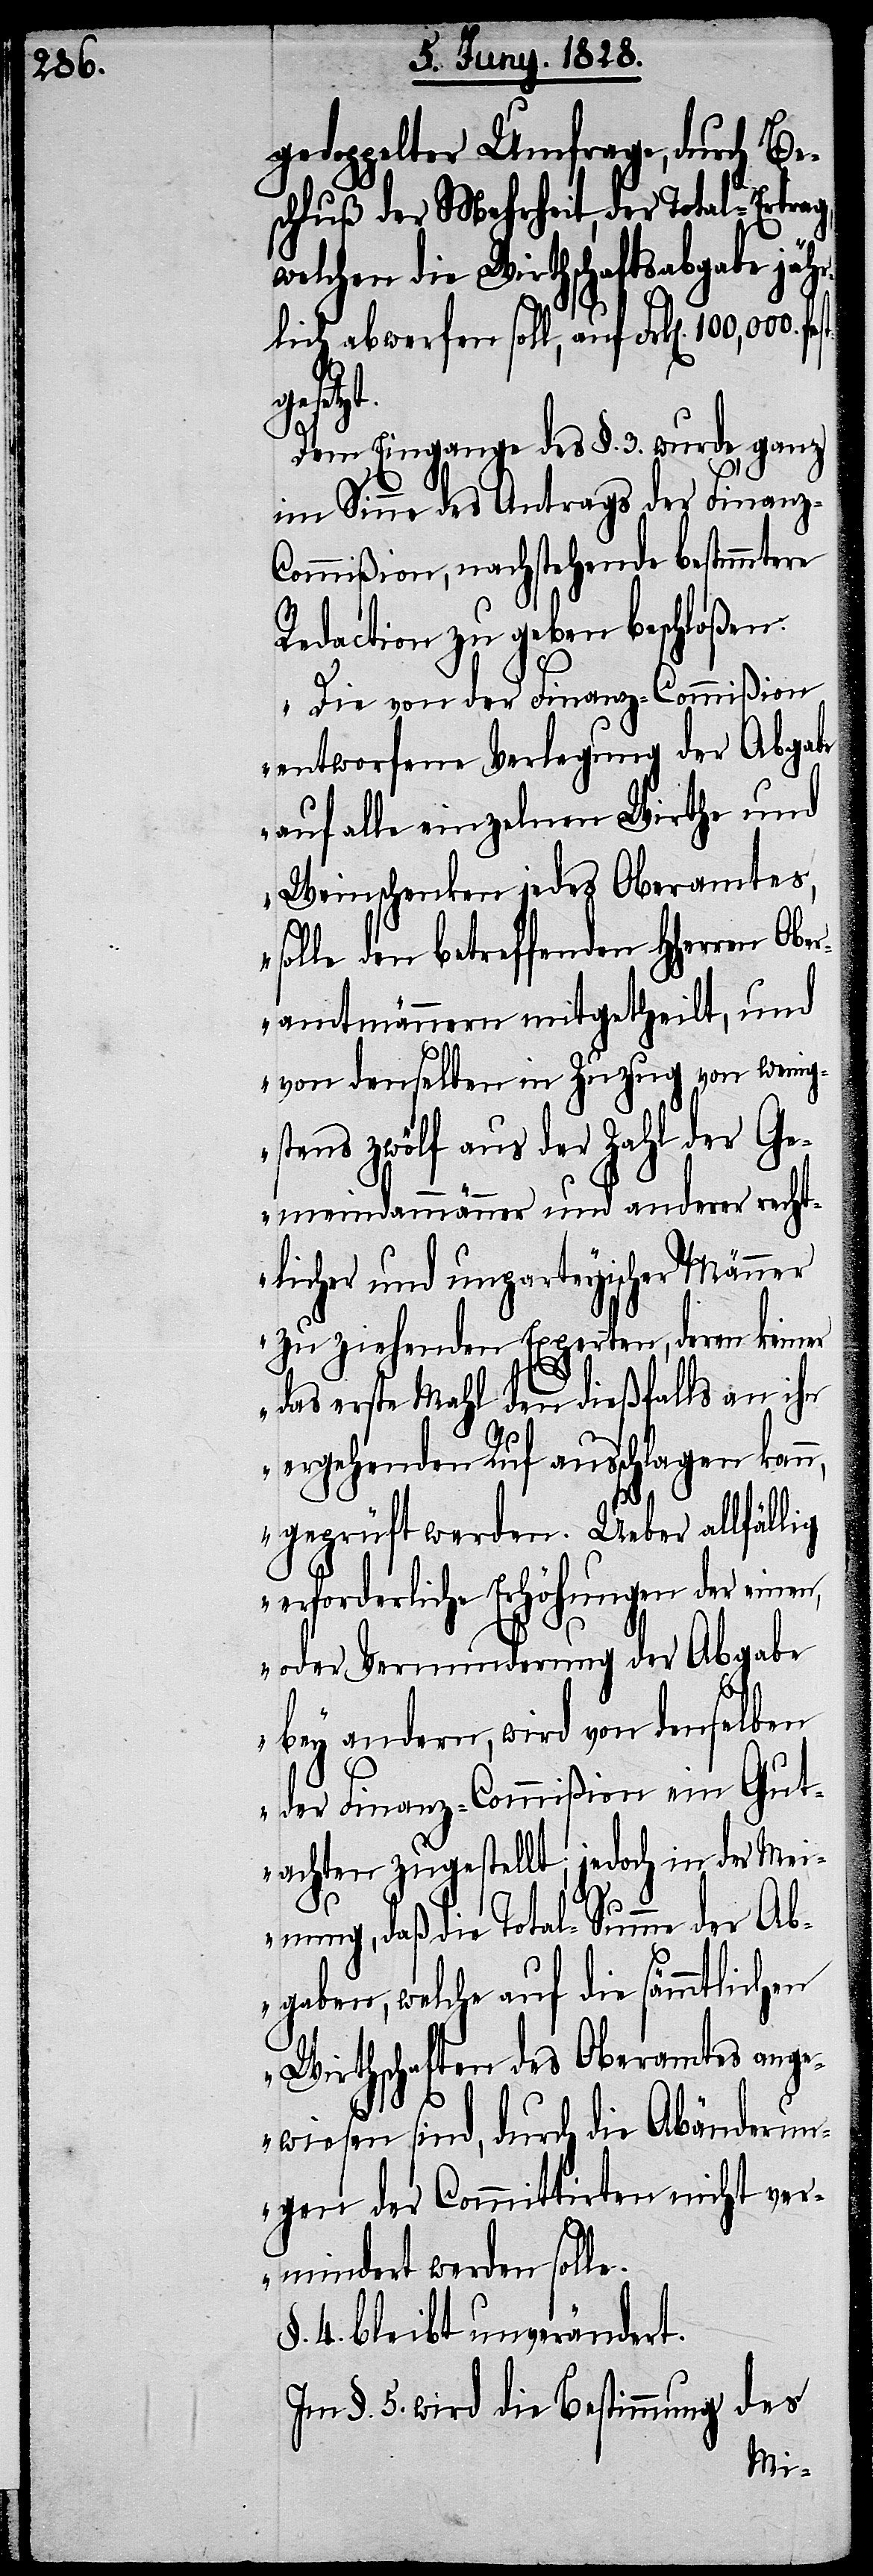
gedoppelter Umfrage, durch Be¬
schluß der Mehrheit, der Total-Ertrag,
welchen die Wirthschaftsabgabe jäh¬
rlich abwerfen soll, auf Frk[en].
e.“
Dem Eingange des §. 3. wurde, ganz
im Sinne des Antrags der Finanz-C¬
ommißion, nachstehende bestimmtere
Redaction zu geben beschloßen.
„Die von der Finanz-Commißion
entworfene Verlegung der Abgabe
auf alle einzelnen Wirthe und
Weinschenken jedes Oberamtes,
solle den betreffenden HHerren Obe¬
ramtmännern mitgetheilt, und
von denselben in Zuzug von wenig¬
stens zwölf aus der Zahl der Ge¬
meindammänner und anderer recht¬
licher und unparteyischer Männer
zu ziehenden Experten, deren keiner
das erste Mahl den dießfalls an ihr
ergehenden Ruf ausschlagen kann,
geprüft werden. Ueber allfällig
erforderliche Erhöhungen der ein¬
oder Verminderung der Abgabe
bey andern, wird von denselben
der Finanz-Commißion ein Gut¬
achten zugestellt; jedoch in der Mei¬
nung, daß die Total-Summe der Ab¬
gaben, welche auf die sämmtlichen
Wirthschaften des Oberamtes ange¬
wiesen sind, durch die Abänderun¬
gen der Committirten nicht ver¬
mindert werden soll¬
4. bleibt unverändert.
des
Im §. 5. wird die Bestimmung